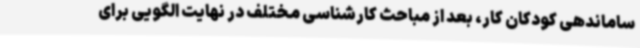
ساماندهی کودکان کار، بعد از مباحث کارشناسی مختلف در نهایت الگویی برای